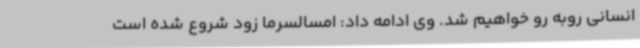
انسانی روبه رو خواهیم شد. وی ادامه داد: امسالسرما زود شروع شده است